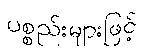
ပစ္စည်းများဖြင့်